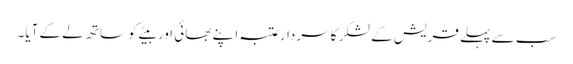
سب سے پہلے قریش کے لشکر کا سردارعتبہ اپنے بھائی اور بیٹے کو ساتھ لے کے آیا۔